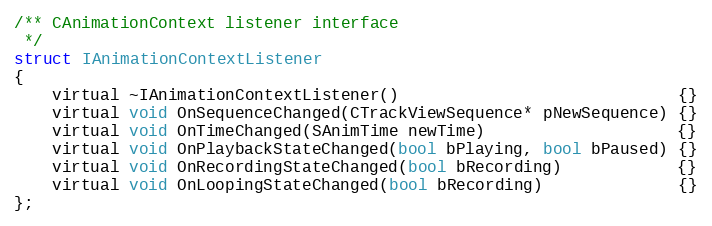
Language: C
/** CAnimationContext listener interface
 */
struct IAnimationContextListener
{
	virtual ~IAnimationContextListener()                             {}
	virtual void OnSequenceChanged(CTrackViewSequence* pNewSequence) {}
	virtual void OnTimeChanged(SAnimTime newTime)                    {}
	virtual void OnPlaybackStateChanged(bool bPlaying, bool bPaused) {}
	virtual void OnRecordingStateChanged(bool bRecording)            {}
	virtual void OnLoopingStateChanged(bool bRecording)              {}
};